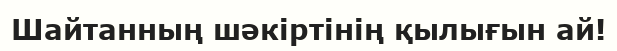
Шайтанның шәкіртінің қылығын ай!